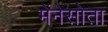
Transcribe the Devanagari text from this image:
मेंनेसोता